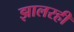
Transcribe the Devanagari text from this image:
झालरही